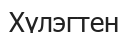
Хүлэгтен